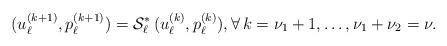
LaTeX: \begin{align*} (u_\ell^{(k+1)},p_\ell^{(k+1)}) = {\mathcal S}_\ell^* \, (u_\ell^{(k)},p_\ell^{(k)}) , \forall\, k = \nu_1+1,\ldots,\nu_1+\nu_2 = \nu.\end{align*}